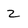
Character: 2